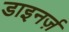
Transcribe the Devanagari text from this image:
डाइनर्ज़